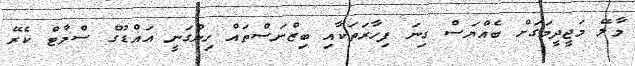
މާލޭ މަޖީދީމަގަށް ބެއްޔަސް ގިނަ ފިހާރަތަކާއި ބިޒްނަސްތައް ހިންގަނީ އައްޑޫގެ ސްމާޓް ކެރޭ